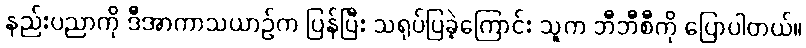
နည်းပညာကို ဒီအာကာသယာဉ်က ပြန်ပြီး သရုပ်ပြခဲ့ကြောင်း သူက ဘီဘီစီကို ပြောပါတယ်။